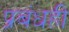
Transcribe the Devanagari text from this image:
प्रबंधही